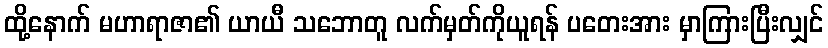
ထို့နောက် မဟာရာဇာ၏ ယာယီ သဘောတူ လက်မှတ်ကိုယူရန် ပတေးအား မှာကြားပြီးလျှင်